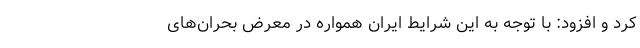
کرد و افزود: با توجه به این شرایط ایران همواره در معرض بحران‌های